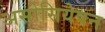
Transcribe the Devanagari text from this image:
असोसियेषन